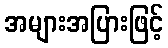
အများအပြားဖြင့်